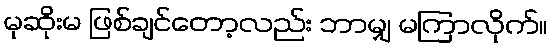
မုဆိုးမ ဖြစ်ချင်တော့လည်း ဘာမျှ မကြာလိုက်။